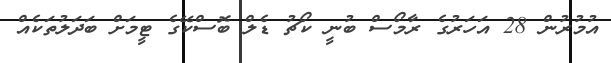
އުމުރުން 28 އަހަރުގެ ރާމޯސް ބުނީ ކޯޗު ޑެލް ބޮސްކޭގެ ޓީމަށް ބަދަލުތަކެއް